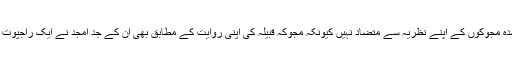
،[5][6] یہ خیال اوپر درج شدہ مجوکوں کے اپنے نظریہ سے متضاد نہیں کیونکہ مجوکہ قبیلہ کی اپنی روایت کے مطابق بھی ان کے جد امجد نے ایک راجپوت شہزادی سے شادی کی تھی۔